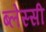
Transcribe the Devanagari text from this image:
ब्लेस्सी